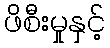
ဖိစီးမှုနှင့်